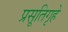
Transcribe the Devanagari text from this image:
प्रसूतिगृहे